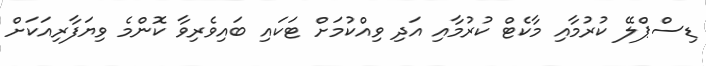
ޑިސްޕްލޭ ކުރުމާއި މާކެޓް ކުރުމާއި އަދި ވިއްކުމަށް ޓަކައި ބައިވެރިވާ ކޮންމެ ވިޔަފާރިއަކަށް